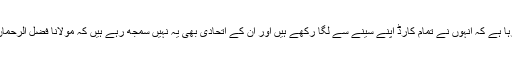
مولانا فضل الرحمان کے بارے میں یہ کہا جارہا ہے کہ انہوں نے تمام کارڈ اپنے سینے سے لگا رکھے ہیں اور ان کے اتحادی بھی یہ نہیں سمجھ رہے ہیں کہ مولانا فضل الرحمان کیا کرنے جارہے ہیں اور ان کا ہدف کیا ہے۔